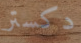
دكستر